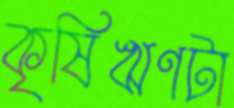
কৃষিঋণটা